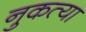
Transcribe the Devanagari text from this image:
नुकत्या